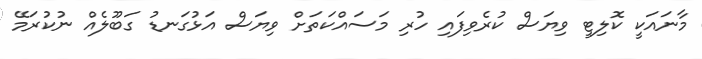
މާނައަކީ ކޮލިޓީ ވިޔަސް ކުރެވިފައި ހުރި މަސައްކަތަށް ވިޔަސް އަޅުގަނޑު ގަބޫލެއް ނުކުރަމޭ